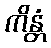
ကိန္တံ